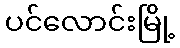
ပင်လောင်းမြို့